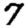
Digit: 7